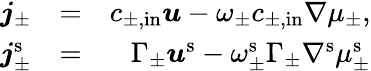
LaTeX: \begin{array}{rlr}{\boldsymbol{j}_{\pm}}&{=}&{c_{\pm,\mathrm{in}}\boldsymbol{u}-\omega_{\pm}c_{\pm,\mathrm{in}}\nabla\mu_{\pm},}\\ {\boldsymbol{j}_{\pm}^{\mathrm{s}}}&{=}&{\Gamma_{\pm}\boldsymbol{u}^{\mathrm{s}}-\omega_{\pm}^{\mathrm{s}}\Gamma_{\pm}\nabla^{\mathrm{s}}\mu_{\pm}^{\mathrm{s}}}\end{array}